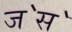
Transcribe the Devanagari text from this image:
ज॓स॓